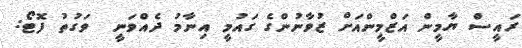
ރައީސް ޔާމީން އަޒްމީންއަށް ޒުވާނުންގެ ގައުމީ އިނާމު ދެއްވަނީ  ވަގުތު ފޮޓޯ: